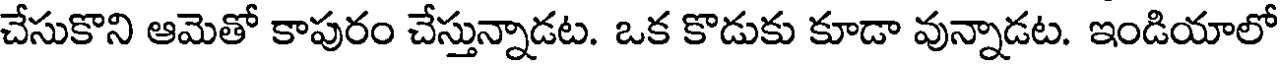
చేసుకొని ఆమెతో కాపురం చేస్తున్నాడట. ఒక కొడుకు కూడా వున్నాడట. ఇండియాలో